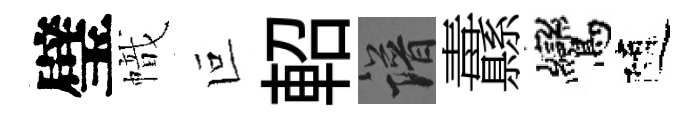
璧幟叵軺譜纛鸞隨